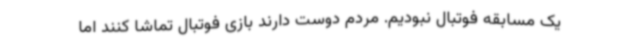
یک مسابقه فوتبال نبودیم. مردم دوست دارند بازی فوتبال تماشا کنند اما